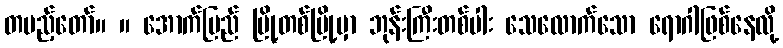
တပည့်တော်။ ။ အောက်ပြည် မြို့တစ်မြို့မှာ ဘုန်းကြီးတစ်ပါး သေလောက်သော ရောဂါဖြစ်နေလို့